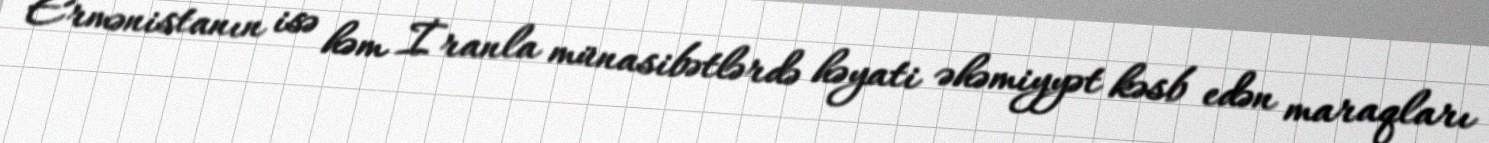
Ermənistanın isə həm İranla münasibətlərdə həyati əhəmiyyət kəsb edən maraqları